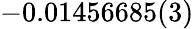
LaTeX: -0.01456685(3)